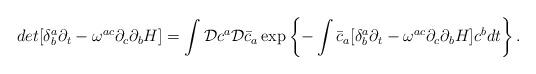
LaTeX: \begin{align*}det[\delta^{a}_{b}\partial_{t}-\omega^{ac}\partial_{c}\partial_{b}H]=\int{\cal D}c^{a}{\cal D}{\bar c}_{a}\exp\left\{-\int {\bar c}_{a}[\delta^{a}_{b}\partial_{t}-\omega^{ac}\partial_{c}\partial_{b}H]c^{b}dt\right\}.\end{align*}